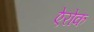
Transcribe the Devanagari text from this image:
ऐरोक